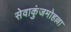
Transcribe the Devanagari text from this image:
सेवाकुंजमोहल्ला